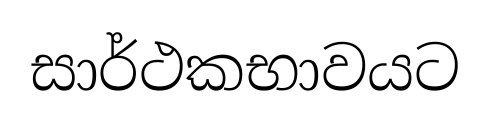
සාර්ථකභාවයට